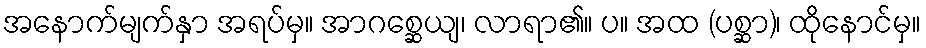
အနောက်မျက်နှာ အရပ်မှ။ အာဂစ္ဆေယျ၊ လာရာ၏။ ပ။ အထ (ပစ္ဆာ)၊ ထိုနောင်မှ။